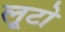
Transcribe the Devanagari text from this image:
लूटो